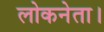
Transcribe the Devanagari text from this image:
लोकनेता।